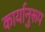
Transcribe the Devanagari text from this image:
कार्यानुरूप